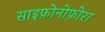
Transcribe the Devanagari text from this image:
साइफ़ोनोफ़ोरा